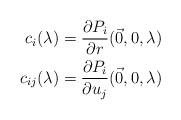
LaTeX: \begin{align*}c_i(\lambda) = \frac{\partial P_i}{\partial r} (\vec{0},0, \lambda) \\c_{ij}(\lambda) = \frac{\partial P_i}{\partial u_j} (\vec{0},0, \lambda)\end{align*}